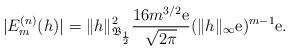
LaTeX: \begin{align*} |E_m^{(n)}(h)|=\| h\|_{ \mathfrak B _{\frac12}}^2 \frac{ 16 m^{3/2}{\rm e} }{\sqrt{2\pi} } (\|h\|_\infty{\rm e})^{m-1} {\rm e}. \end{align*}